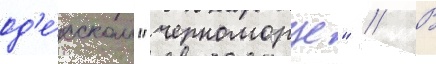
од'е́сском "черноморце" // В